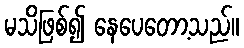
မသိဖြစ်၍ နေပေတော့သည်။